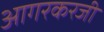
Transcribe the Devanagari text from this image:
आगरकरजी